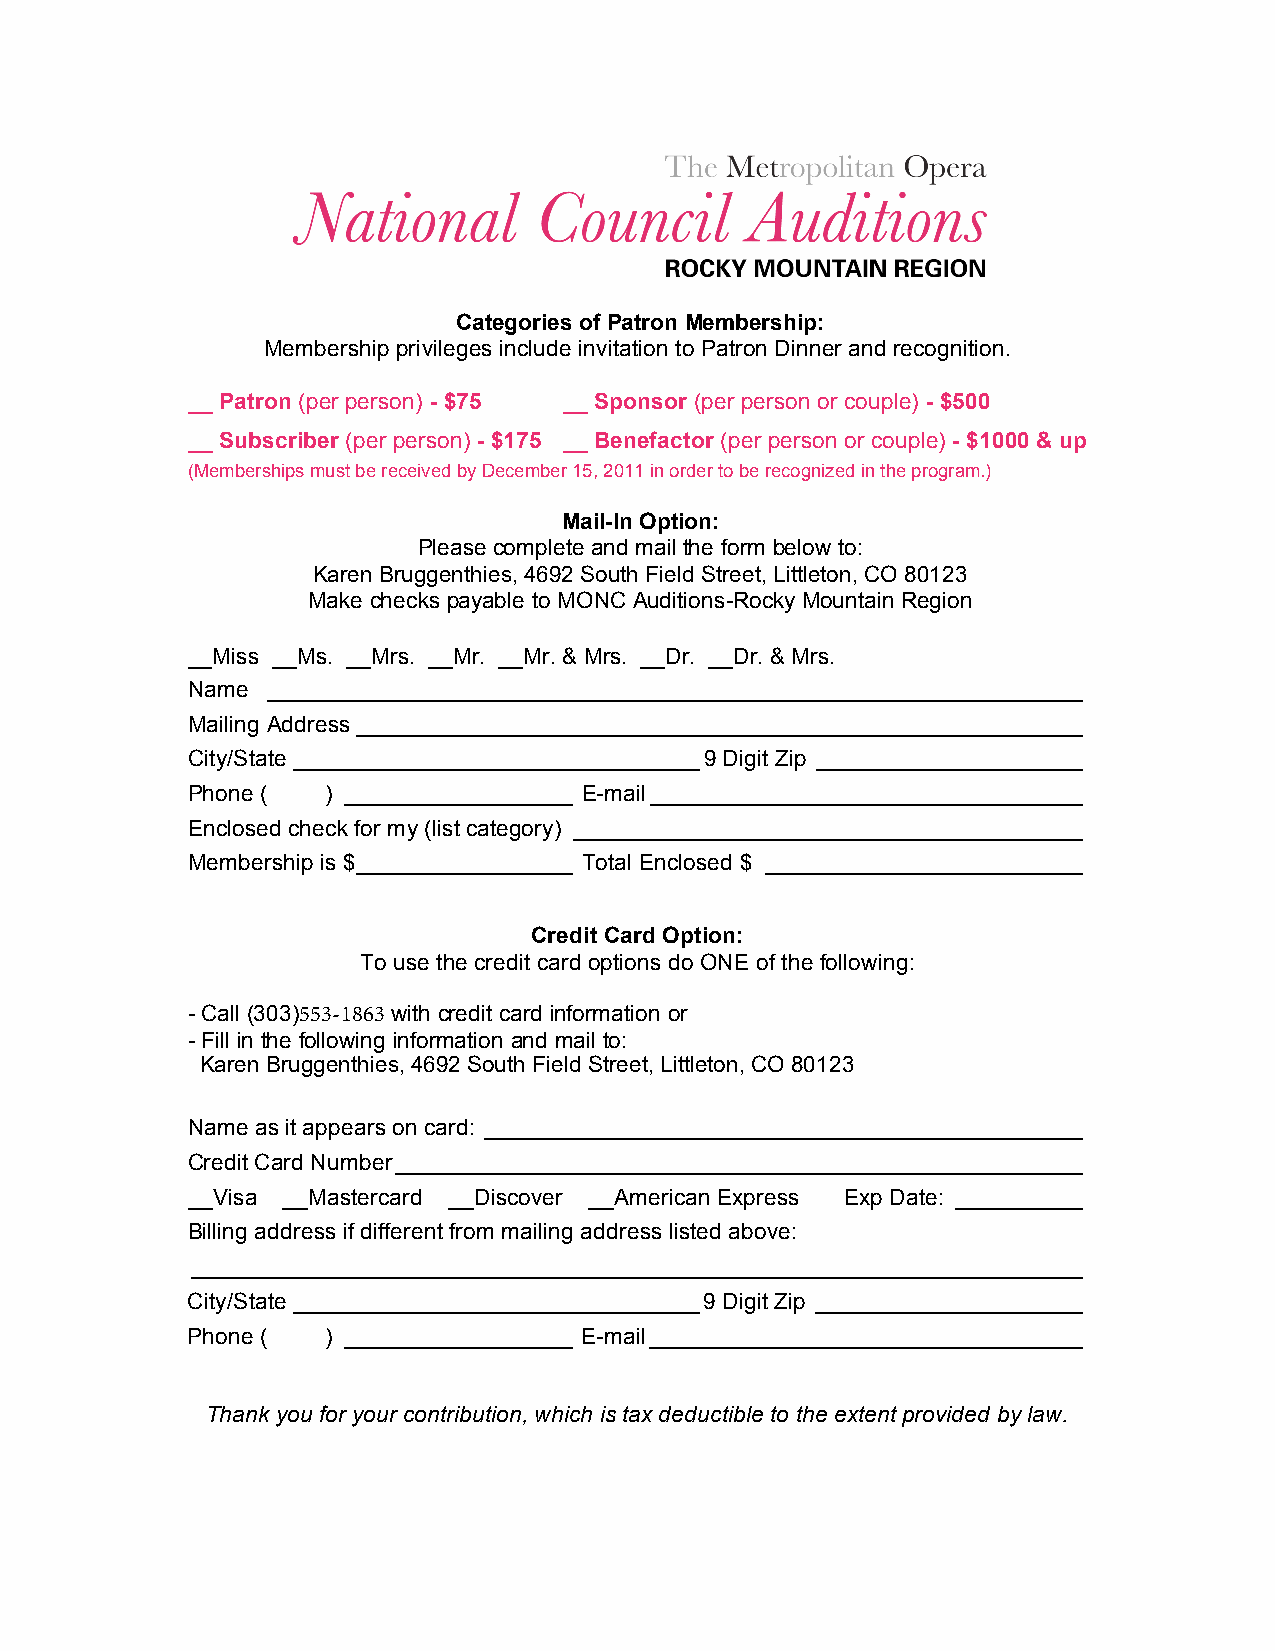
Categories of Patron Membership:
 Membership privileges include invitation to Patron Dinner and recognition.
 __ Patron (per person) - $75 __ Sponsor (per person or couple) - $500
 __ Subscriber (per person) - $175 __ Benefactor (per person or couple) - $1000 & up
 (Memberships must be received by December 15, 2011 in order to be recognized in the program.)
 Mail-In Option:
 Please complete and mail the form below to:
 Karen Bruggenthies, 4692 South Field Street, Littleton, CO 80123
 Make checks payable to MONC Auditions-Rocky Mountain Region
 __Miss __Ms. __Mrs. __Mr. __Mr. & Mrs. __Dr. __Dr. & Mrs.
 Name  ________________________________________________________________
 Mailing Address _________________________________________________________
 City/State ________________________________ 9 Digit Zip _____________________
 Phone (   ) __________________ E-mail __________________________________
 Enclosed check for my (list category) ________________________________________
 Membership is $_________________ Total Enclosed $ _________________________
 Credit Card Option:
 To use the credit card options do ONE of the following:
 - Call (303)553-1863 with credit card information or
 - Fill in the following information and mail to:
 Karen Bruggenthies, 4692 South Field Street, Littleton, CO 80123
 Name as it appears on card: _______________________________________________
 Credit Card Number______________________________________________________
 __Visa __Mastercard __Discover __American Express Exp Date: __________
 Billing address if different from mailing address listed above:
 ______________________________________________________________________
 City/State________________________________9 Digit Zip _____________________
 Phone (   ) __________________ E-mail__________________________________
 Thank you for your contribution, which is tax deductible to the extent provided by law.